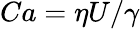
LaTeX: Ca=\eta U/\gamma